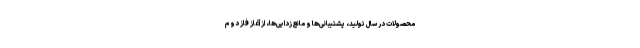
محصولات در سال تولید، پشتیبانی‌ها و مانع‌زدایی‌ها، از آغاز فاز دوم